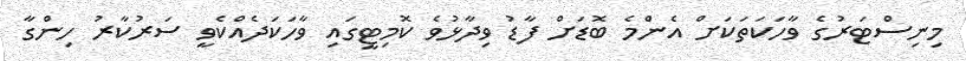
މިނިސްޓަރުގެ ވާހަކަތަކަށް އެންމެ ބޮޑަށް ފާޑު ވިދާޅުވެ ކޮމިޓީގައި ވާހަކަދެއްކެވީ ސަރުކާރު ހިންގާ